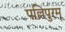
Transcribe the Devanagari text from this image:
पल्लिपुरम्